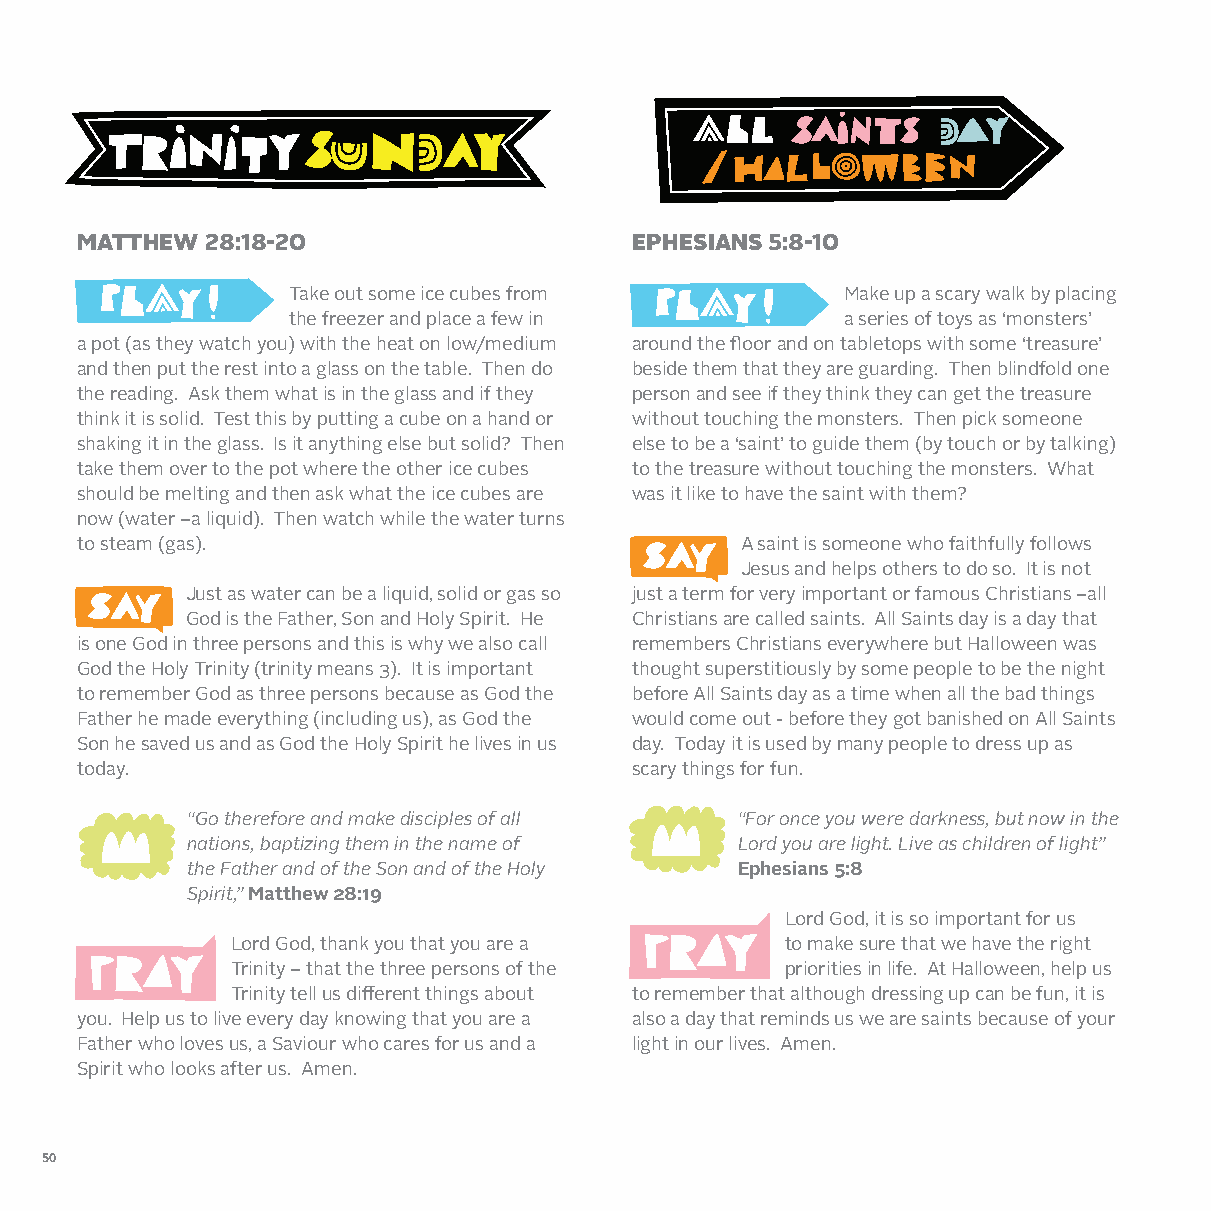
MATTHEW  28:18-20                    EPHESIANS 5:8-10
 Take out some ice cubes from         Make up a scary walk by placing
 the freezer and place a few in       a series of toys as ‘monsters’
 a pot (as they watch you) with the heat on low/medium around the floor and on tabletops with some ‘treasure’
 and then put the rest into a glass on the table. Then do beside them that they are guarding. Then blindfold one
 the reading. Ask them what is in the glass and if they person and see if they think they can get the treasure
 think it is solid. Test this by putting a cube on a hand or without touching the monsters. Then pick someone
 shaking it in the glass. Is it anything else but solid? Then else to be a ‘saint’ to guide them (by touch or by talking)
 take them over to the pot where the other ice cubes to the treasure without touching the monsters. What
 should be melting and then ask what the ice cubes are was it like to have the saint with them?
 now (water –a liquid). Then watch while the water turns
 to steam (gas).                             A saint is someone who faithfully follows
 Jesus and helps others to do so. It is not
 Just as water can be a liquid, solid or gas so just a term for very important or famous Christians –all
 God is the Father, Son and Holy Spirit. He Christians are called saints. All Saints day is a day that
 is one God in three persons and this is why we also call remembers Christians everywhere but Halloween was
 God the Holy Trinity (trinity means 3). It is important thought superstitiously by some people to be the night
 to remember God as three persons because as God the before All Saints day as a time when all the bad things
 Father he made everything (including us), as God the would come out - before they got banished on All Saints
 Son he saved us and as God the Holy Spirit he lives in us day. Today it is used by many people to dress up as
 today.                               scary things for fun.
 “Go therefore and make disciples of all “For once you were darkness, but now in the
 nations, baptizing them in the name of Lord you are light. Live as children of light”
 the Father and of the Son and of the Holy Ephesians 5:8
 Spirit,” Matthew 28:19
 Lord God, it is so important for us
 Lord God, thank you that you are a   to make sure that we have the right
 Trinity – that the three persons of the priorities in life. At Halloween, help us
 Trinity tell us different things about to remember that although dressing up can be fun, it is
 you. Help us to live every day knowing that you are a also a day that reminds us we are saints because of your
 Father who loves us, a Saviour who cares for us and a light in our lives. Amen.
 Spirit who looks after us. Amen.
 50